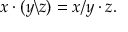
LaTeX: x \cdot ( y \backslash z ) = x / y \cdot z .